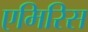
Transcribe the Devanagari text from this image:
एमिरिस